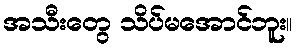
အသီးတွေ သိပ်မအောင်ဘူး။